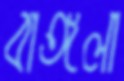
বাঙ্গলা